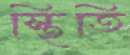
স্থিতি